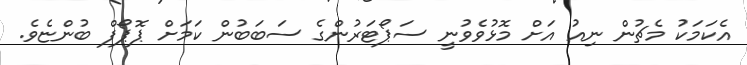
އެކަމަކު މެޗުން ނިއު އަށް މޮޅުވެވުނީ ސަޕޯޓަރުންގެ ސަބަބުން ކަމަށް ޕޮޕޯފް ބުންޏެވެ.